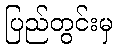
ပြည်တွင်းမှ